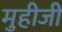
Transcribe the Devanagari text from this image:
मुहीजी